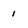
Character: 1